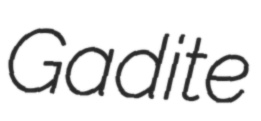
Gadite